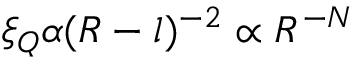
\xi _ { Q } \alpha ( R - l ) ^ { - 2 } \propto R ^ { - N }